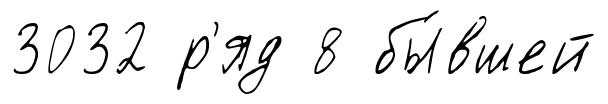
3032 р'яд 8 бы́вшей